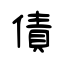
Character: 債